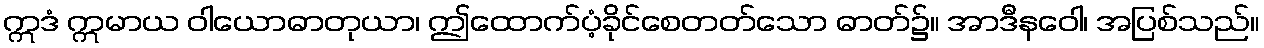
ဣဒံ ဣမာယ ဝါယောဓာတုယာ၊ ဤထောက်ပံ့ခိုင်စေတတ်သော ဓာတ်၌။ အာဒီနဝေါ၊ အပြစ်သည်။